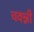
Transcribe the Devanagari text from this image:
चवन्नी